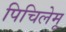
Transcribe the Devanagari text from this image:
पिचिलेमू